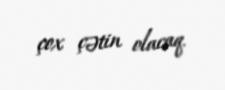
çox çətin olacaq.